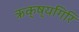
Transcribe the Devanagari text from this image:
ऋक्ष्यगिरि